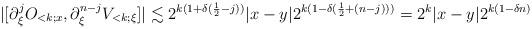
LaTeX: \begin{align*}|[\partial_\xi^j O_{<k;x}, \partial_\xi^{n-j} V_{<k;\xi}]| \lesssim 2^{k(1+ \delta(\frac12-j))} |x-y| 2^{k(1 - \delta(\frac12+(n-j)))} = 2^{k}|x-y| 2^{k(1 - \delta n)} \end{align*}